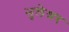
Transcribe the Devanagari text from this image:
भुलेश्रर